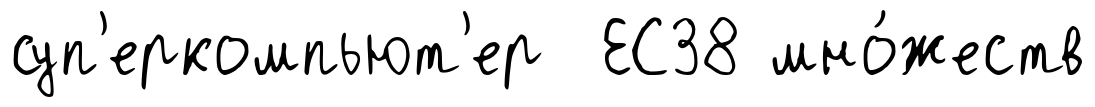
суп'еркомпьют'ер ЕС38 мно́жеств